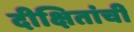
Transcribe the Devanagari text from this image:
दीक्षितांची